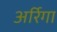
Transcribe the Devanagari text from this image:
अर्रिगा